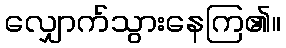
လျှောက်သွားနေကြ၏။